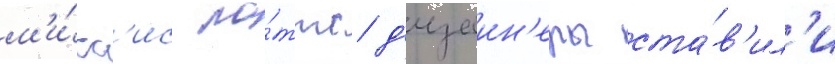
м'и́сс'ис по́ттс д'изаин'еры ста́в'ил'и